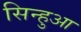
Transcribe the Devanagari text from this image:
सिन्हुआ